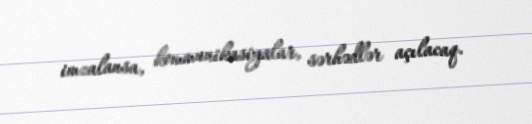
imzalansa, kommunikasiyalar, sərhədlər açılacaq.